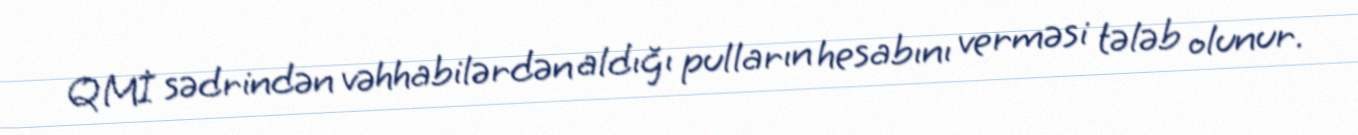
QMİ sədrindən vəhhabilərdən aldığı pulların hesabını verməsi tələb olunur.